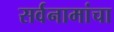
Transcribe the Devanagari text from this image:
सर्वनामांचा